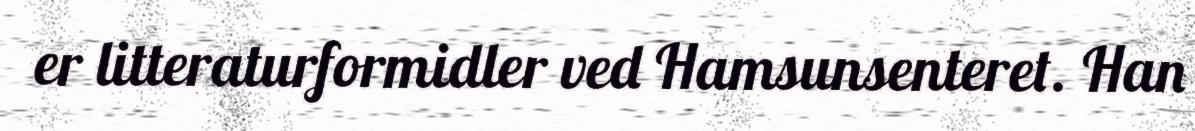
er litteraturformidler ved Hamsunsenteret. Han